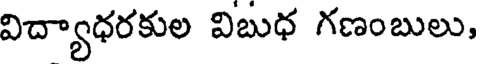
విద్యాధరకుల విబుధ గణంబులు,